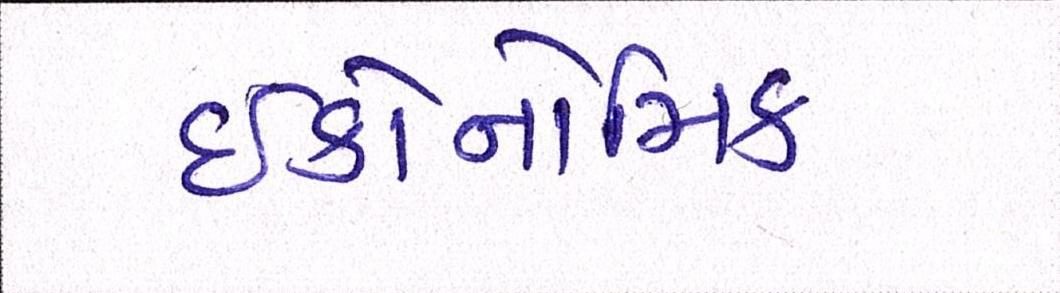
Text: ઇકોનોમિક